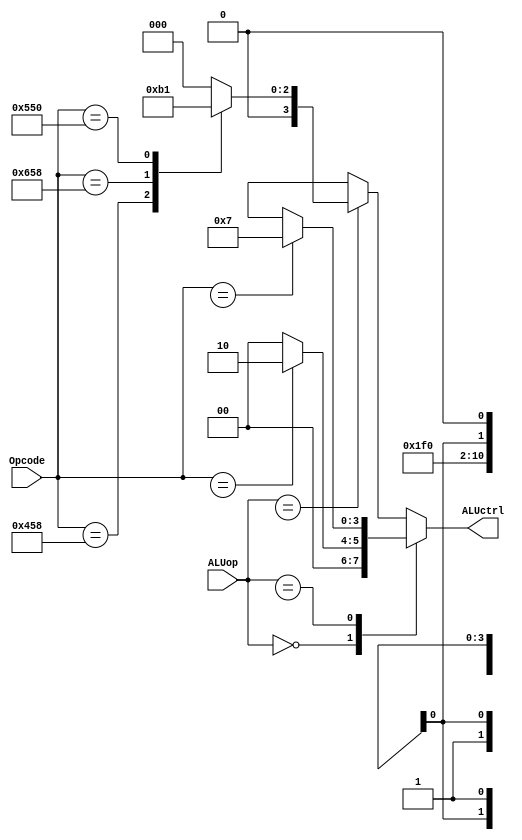
`timescale 1ns / 1ps


//alu control
`define AND 4'b0000
`define OR 4'b0001
`define ADD 4'b0010
`define SUB 4'b0110
`define PassB 4'b0111

//opcodes for opfield
`define ADD1 11'b10001011000
`define SUB1 11'b11001011000
`define AND1 11'b10001010000
`define ORR1 11'b10101010000
//original opcodes
//`define LDUR 11'b11111000010
//`define STUR 11'b11111000000
`define CBZandBranch 11'bXXXXXXXXXXX //for branch also
`define loadStur 11'b111110000X0
//`define SturLdurCbz 11'bXXXXXXXXXXX

 module ALUControl( ALUctrl,ALUop, Opcode ); 

     input [1:0] ALUop; 
     input [10:0] Opcode; 
     output reg [3:0] ALUctrl; 

	 //trigger when inputs are in
	 always @(Opcode or ALUop) begin
		
		case(ALUop)//for AlUop 2 binary bits
		2'b00://LDUR and STUR
		
			case(Opcode) //when calling Instruction
				`loadStur:
					ALUctrl <= #2 `ADD;//ADD for LDUR
				default: ALUctrl <= #2 0;
			endcase
				
		2'bx1://CBZ
		
			case(Opcode) //when calling Instruction
                `CBZandBranch:
                     ALUctrl <= #2 `PassB;
                 default: ALUctrl <= #2 0;
               endcase
                    
		2'b1x://R-Type Instructions
		  
		  case(Opcode)
				`ADD1:
					ALUctrl <=  #2 `ADD; //alu function add
				`SUB1:
					ALUctrl <= #2 `SUB;//alu function subtract
				`AND1:
					ALUctrl <= #2 `AND;//alu function AND
				`ORR1:
					ALUctrl <= #2 `OR;//alu fucntin OR
				default: ALUctrl <= #2 0;
		  endcase
		
		default: ALUctrl <= #2 0;
	 endcase
	end //always ends
	 
endmodule